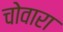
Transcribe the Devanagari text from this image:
चोवारा